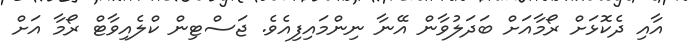
އާއި ދެކޮޅަށް ރޯމާއަށް ބަދަލުވާން އޭނާ ނިންމައިފިއެވެ. ޖަސްޓިން ކްލެއިވާޓް ރޯމާ އަށް